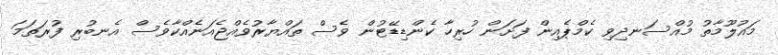
މައުލޫމާތު މުއްސަނދިވި ކެމްޕެއިން ފަށަން ހުރިހާ ކެންޑިޑޭޓުން ވެސް ތައްޔާރުވެއްޖެއަނެއްކާވެސް އެނބުރި ފުރަތަމަ